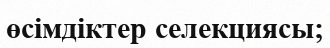
өсімдіктер селекциясы;